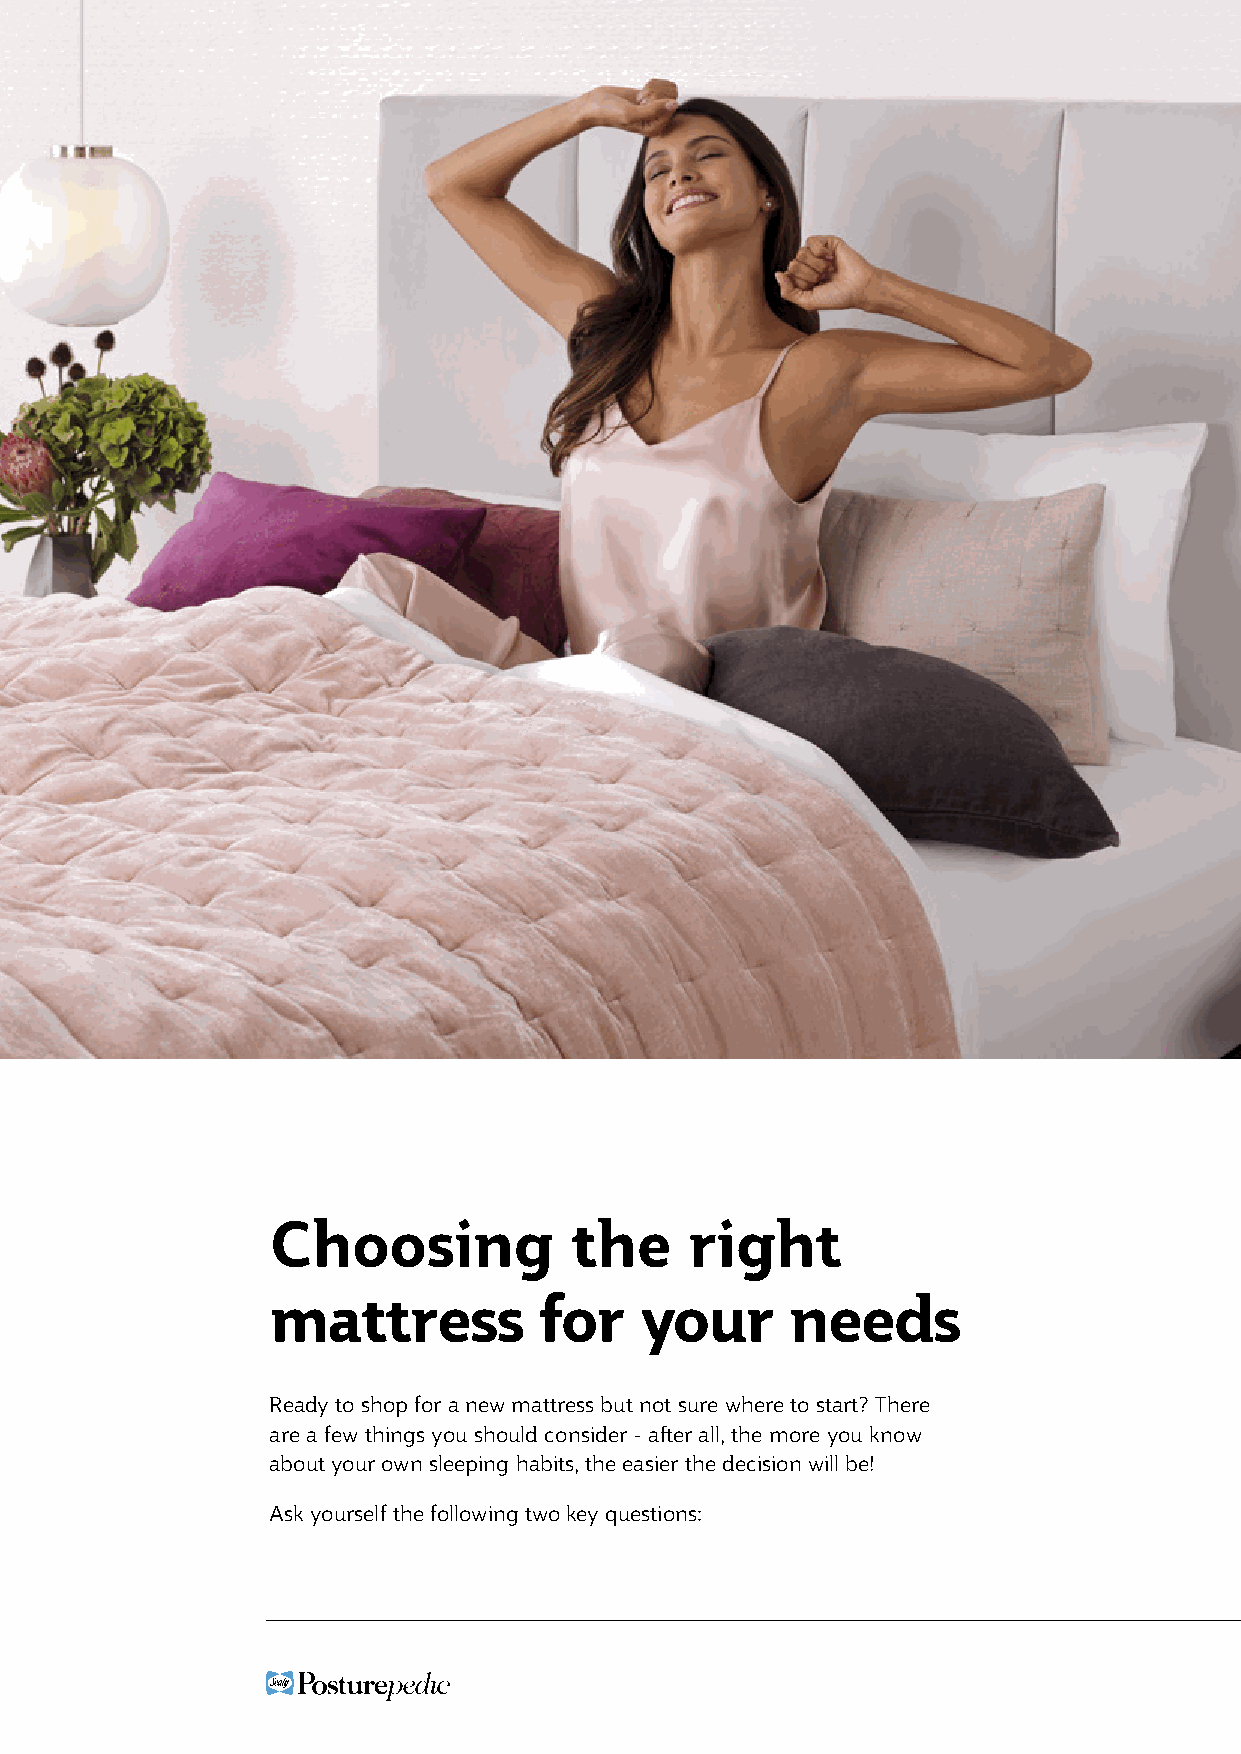
Choosing            the     right
 mattress          for   your      needs
 Ready to shop for a new mattress but not sure where to start? There
 are a few things you should consider - after all, the more you know
 about your own sleeping habits, the easier the decision will be!
 Ask yourself the following two key questions: